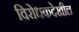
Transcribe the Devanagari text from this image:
विरोधकदेखील